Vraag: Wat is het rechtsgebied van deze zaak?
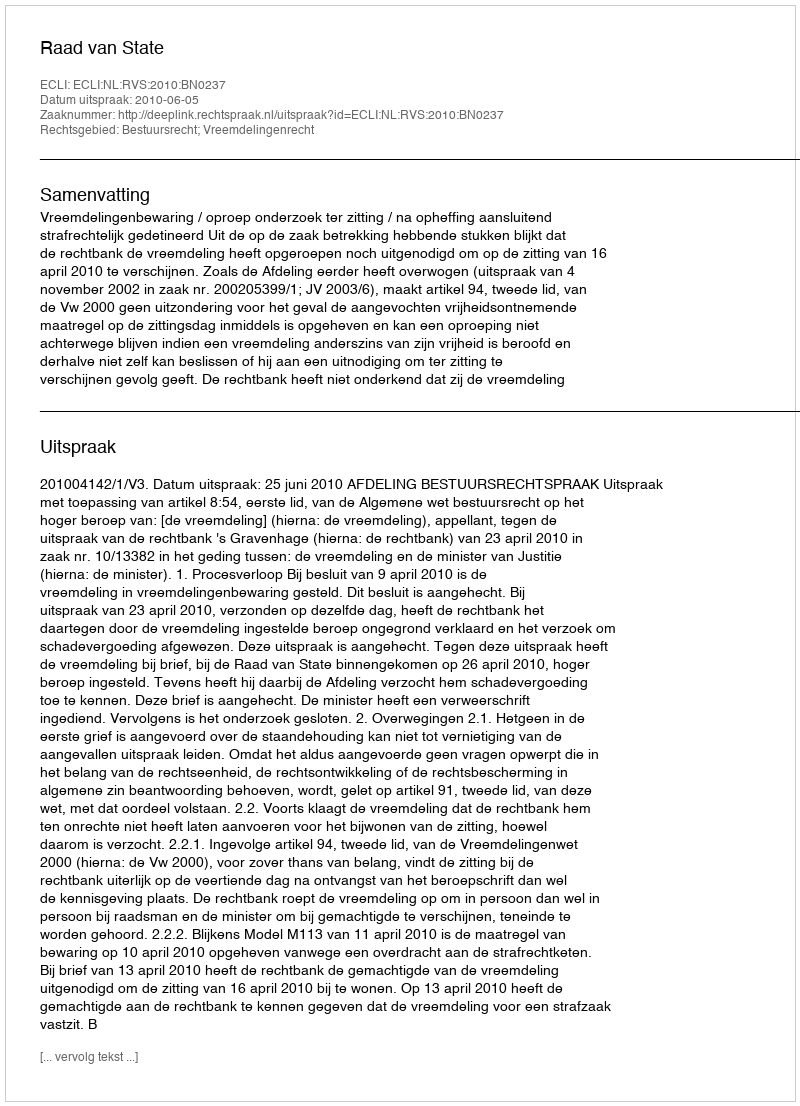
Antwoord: Bestuursrecht; Vreemdelingenrecht